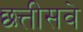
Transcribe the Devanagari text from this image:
छत्तीसवे